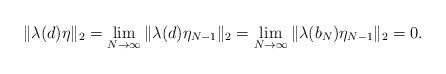
LaTeX: \begin{align*}\|\lambda(d)\eta\|_2=\lim_{N\to\infty}\|\lambda(d)\eta_{N-1}\|_2=\lim_{N\to\infty}\|\lambda(b_N)\eta_{N-1}\|_2=0.\end{align*}